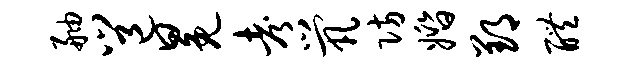
舳邕冕考茕防婚郢醴